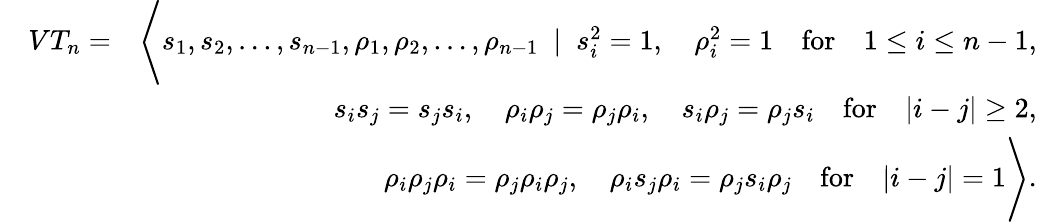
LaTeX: \begin{array}{rlr}&{VT_{n}=}&{\Bigg\langle s_{1},s_{2},\ldots,s_{n-1},\rho_{1},\rho_{2},\ldots,\rho_{n-1}~\mid~s_{i}^{2}=1,\quad\rho_{i}^{2}=1\quad\mathrm{for}\quad 1\leq i\leq n-1,}\\ &{}&{s_{i}s_{j}=s_{j}s_{i},\quad\rho_{i}\rho_{j}=\rho_{j}\rho_{i},\quad s_{i}\rho_{j}=\rho_{j}s_{i}\quad\mathrm{for}\quad|i-j|\ge 2,}\\ &{}&{\rho_{i}\rho_{j}\rho_{i}=\rho_{j}\rho_{i}\rho_{j},\quad\rho_{i}s_{j}\rho_{i}=\rho_{j}s_{i}\rho_{j}\quad\mathrm{for}\quad|i-j|=1\Bigg\rangle.}\end{array}